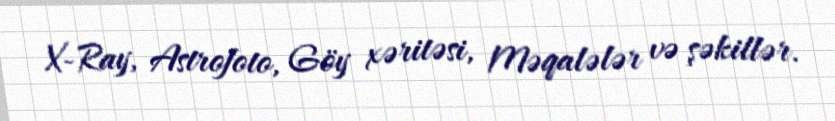
X-Ray, Astrofoto, Göy xəritəsi, Məqalələr və şəkillər.